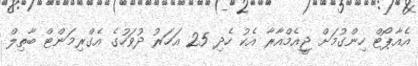
އެއާޕޯޓް ހިންގުމަށް ޖީއެމްއާރާ އެކު ހެދި 25 އަހަރު ދުވަހުގެ އެގްރިމަންޓް ބާތިލް